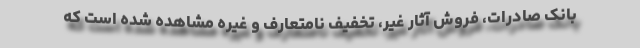
بانک صادرات، فروش آثار غیر، تخفیف نامتعارف و غیره مشاهده شده است که